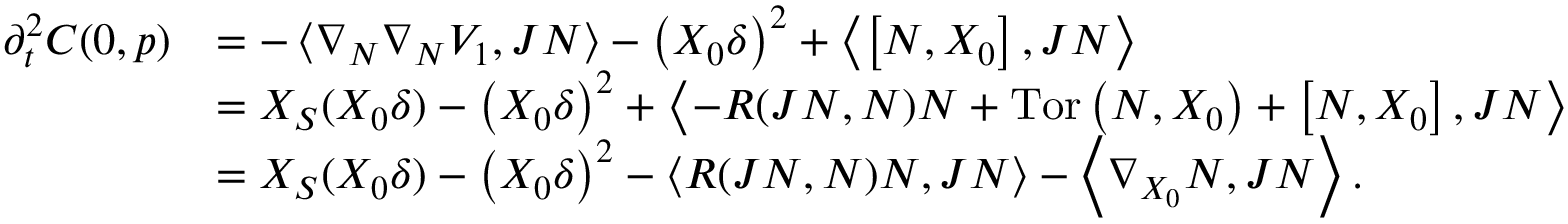
\begin{array} { r l } { \partial _ { t } ^ { 2 } { C } ( 0 , p ) } & { = - \left\langle \nabla _ { N } \nabla _ { N } V _ { 1 } , J N \right\rangle - \left( X _ { 0 } \delta \right) ^ { 2 } + \left\langle \left[ N , X _ { 0 } \right] , J N \right\rangle } \\ & { = X _ { S } ( X _ { 0 } \delta ) - \left( X _ { 0 } \delta \right) ^ { 2 } + \left\langle - R ( J N , N ) N + \mathrm { T o r } \left( N , X _ { 0 } \right) + \left[ N , X _ { 0 } \right] , J N \right\rangle } \\ & { = X _ { S } ( X _ { 0 } \delta ) - \left( X _ { 0 } \delta \right) ^ { 2 } - \left\langle R ( J N , N ) N , J N \right\rangle - \left\langle \nabla _ { X _ { 0 } } N , J N \right\rangle . } \end{array}